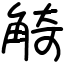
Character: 觭